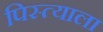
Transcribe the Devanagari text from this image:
पिस्त्याला